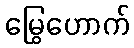
မြွေဟောက်